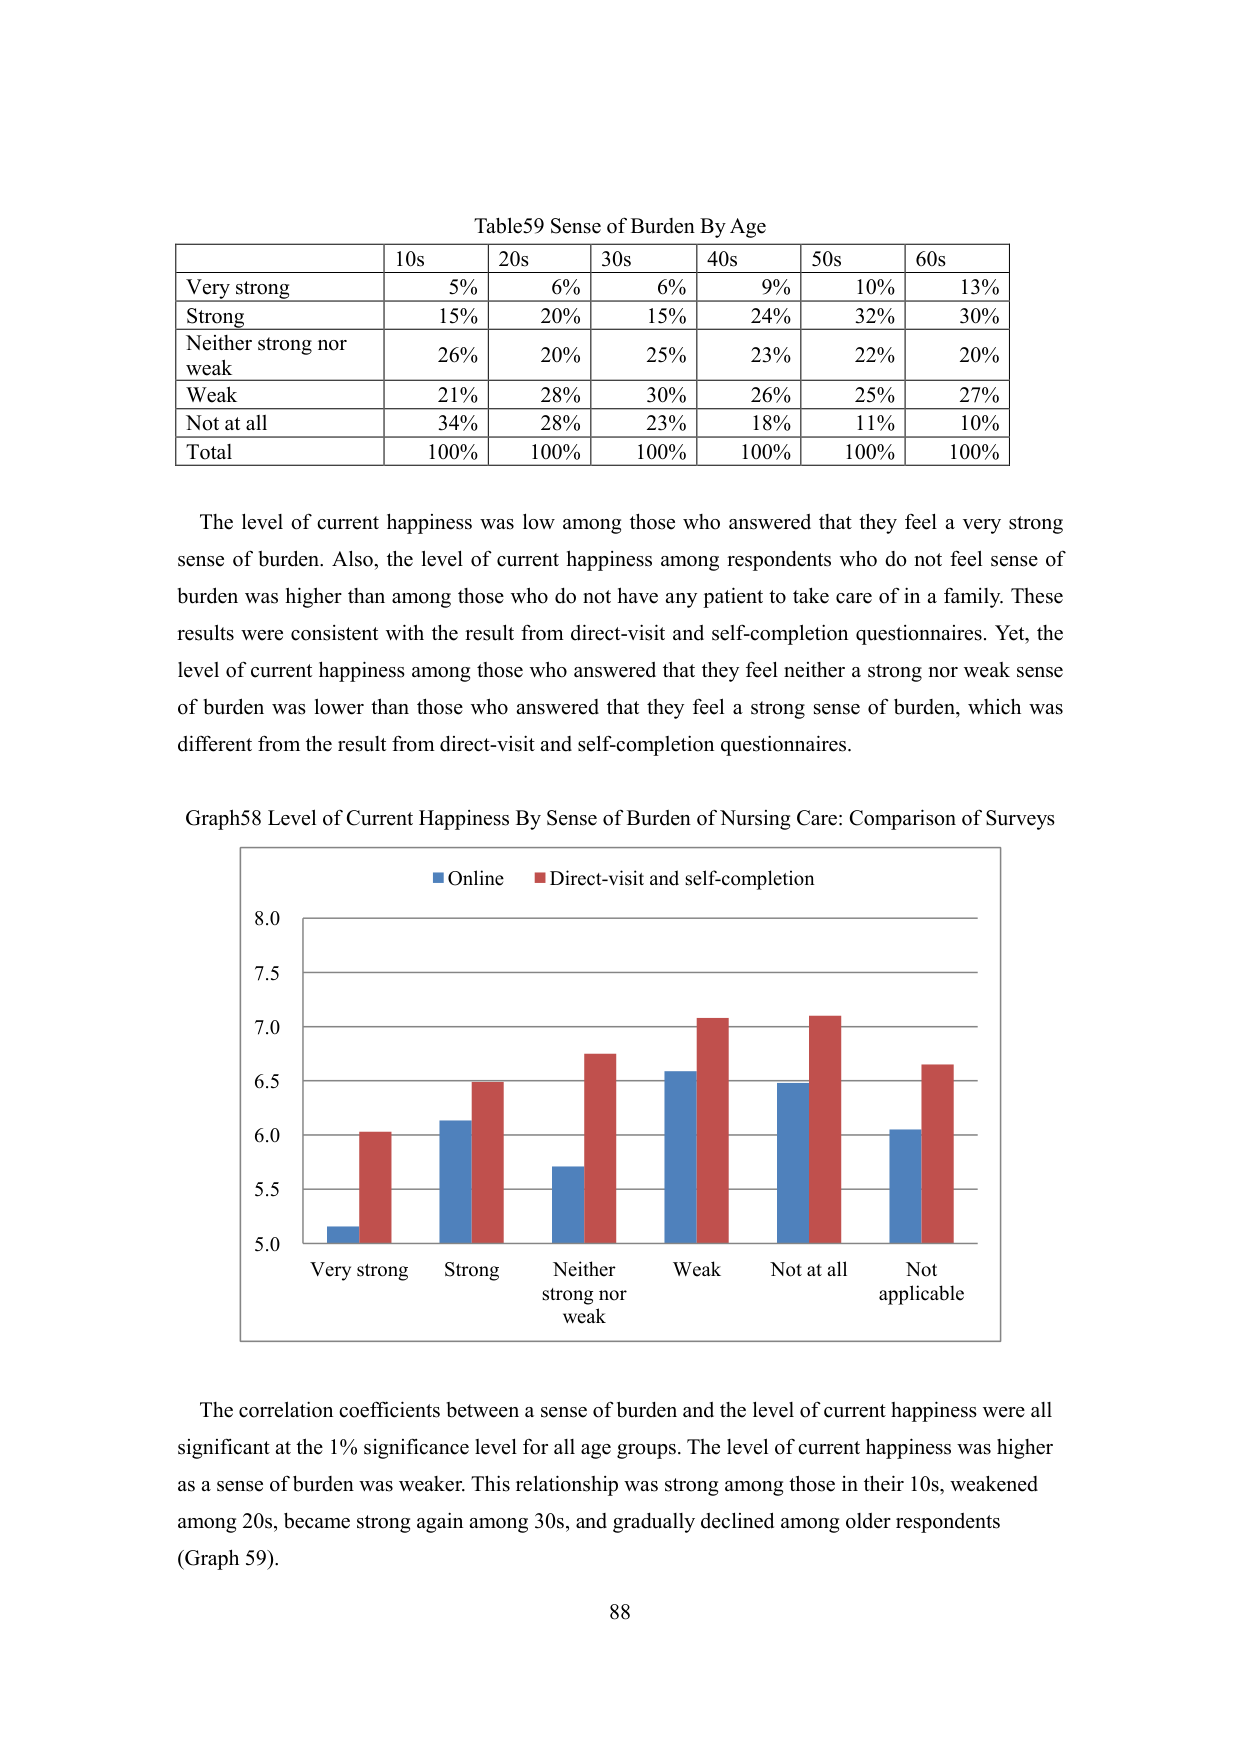
Table59 Sense of Burden By Age
10s 20s 30s 40s 50s 60s
Very strong 5% 6% 6% 9% 10% 13%
Strong 15% 20% 15% 24% 32% 30%
Neither strong nor weak 26% 20% 25% 23% 22% 20%
Weak 21% 28% 30% 26% 25% 27%
Not at all 34% 28% 23% 18% 11% 10%
Total 100% 100% 100% 100% 100% 100%

The level of current happiness was low among those who answered that they feel a very strong sense of burden. Also, the level of current happiness among respondents who do not feel sense of burden was higher than among those who do not have any patient to take care of in a family. These results were consistent with the result from direct-visit and self-completion questionnaires. Yet, the level of current happiness among those who answered that they feel neither a strong nor weak sense of burden was lower than those who answered that they feel a strong sense of burden, which was different from the result from direct-visit and self-completion questionnaires.

Graph58 Level of Current Happiness By Sense of Burden of Nursing Care: Comparison of Surveys
■ Online ■ Direct-visit and self-completion
8.0
7.5
7.0
6.5
6.0
5.5
5.0
Very strong Strong Neither strong nor weak Weak Not at all Not applicable

The correlation coefficients between a sense of burden and the level of current happiness were all significant at the 1% significance level for all age groups. The level of current happiness was higher as a sense of burden was weaker. This relationship was strong among those in their 10s, weakened among 20s, became strong again among 30s, and gradually declined among older respondents (Graph 59).

88